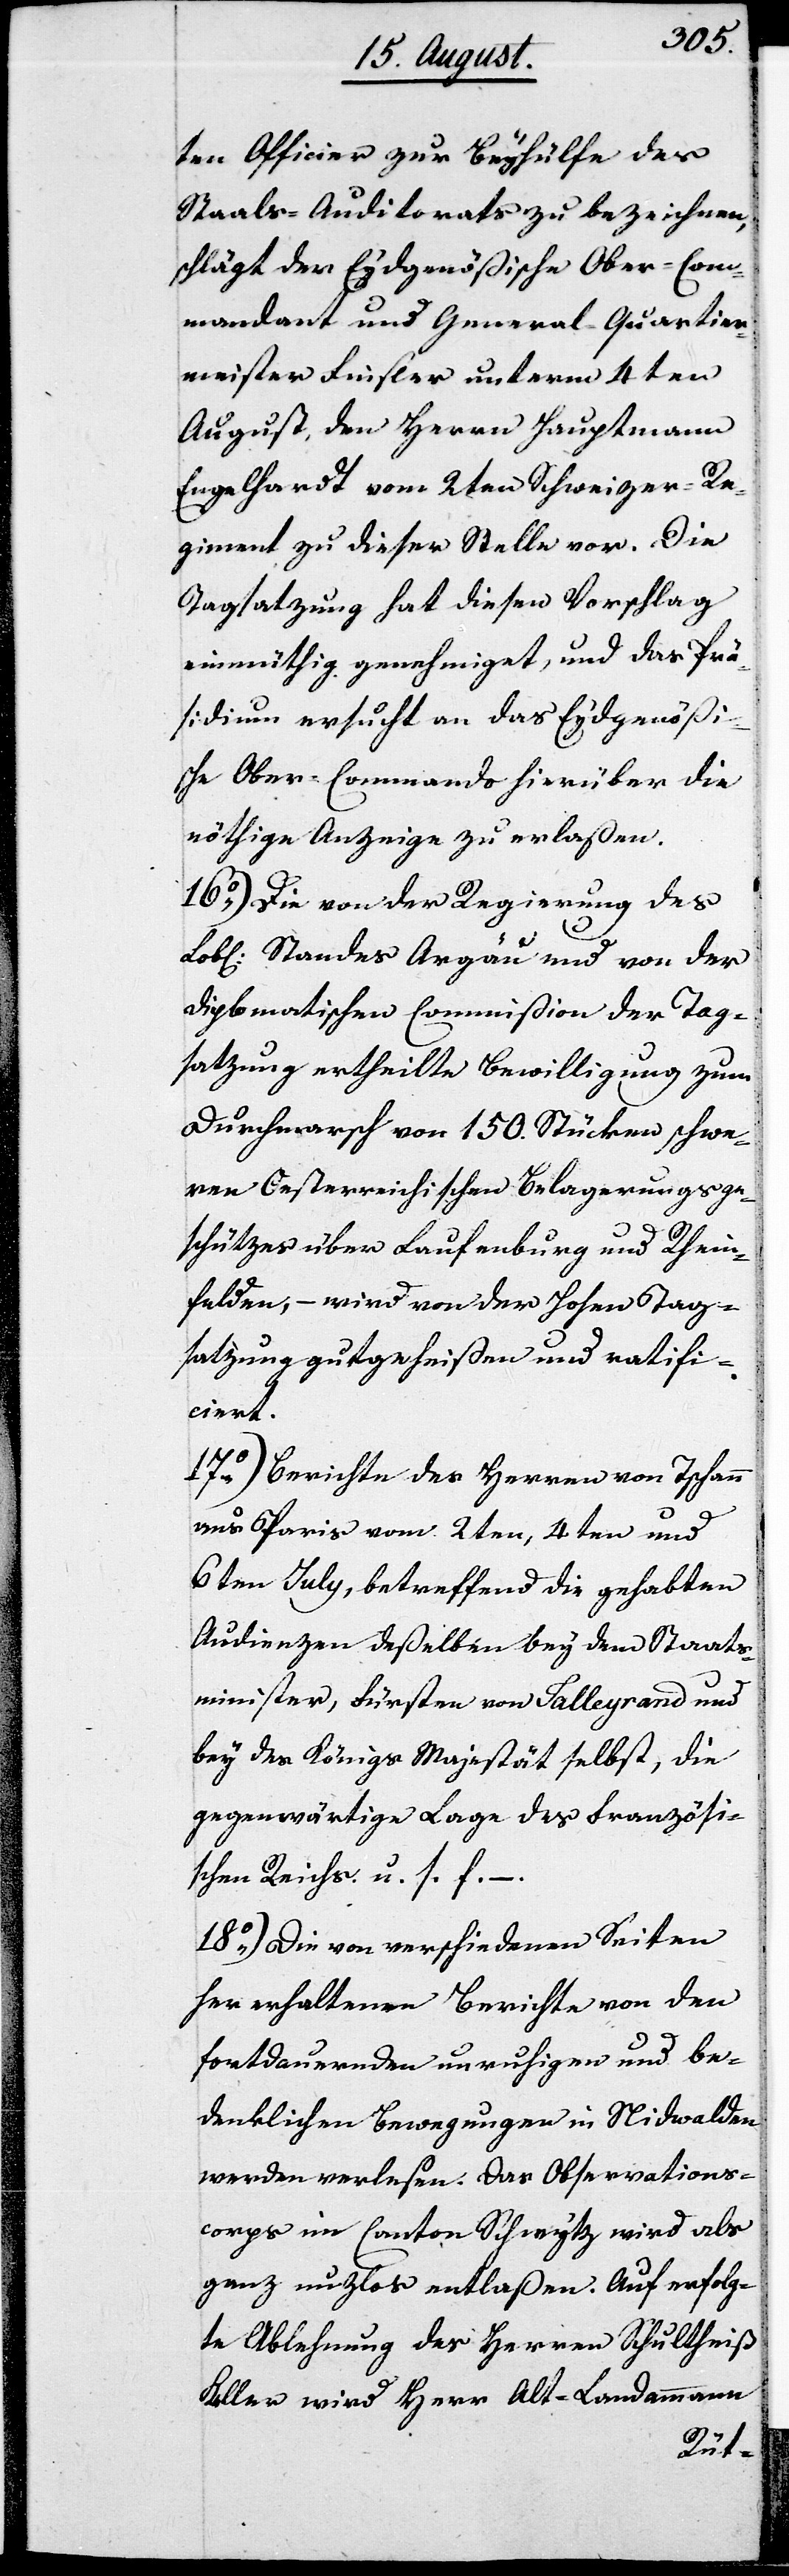
ten Officier zur Beyhülfe des
Staabs-Auditorats zu bezeichnen,
schlägt der Eydgenößische Ober-Com¬
mandant und General-Quartier¬
meister Finsler unterm 4ten
August den Herrn Hauptmann
Engelhardt vom 2ten Schweizer-Re¬
giment zu dieser Stelle vor. Die
Tagsatzung hat diesen Vorschlag
einmüthig genehmiget, und das Prä¬
sidium ersucht an das Eydsgenößi¬
sche Ober-Commando hierüber die
nöthige Anzeige zu erlaßen.
16.) Die von der Regierung des
Lobl. Standes Argau und von der
Diplomatischen Commißion der Tag¬
satzung ertheilte Bewilligung zum
Durchmarsch von 150. Stücken schwe¬
ren Oesterreichischen Belagerungsge¬
schützes über Laufenburg und Rhein¬
felden, – wird von der Hohen Tag¬
satzung gutgeheißen und ratifi¬
ciert.
17.) Bericht des Herren von Tschann
aus Paris vom 2ten, 4ten und
6ten July, betreffend die gehabten
Audienzen deßelben bey dem Staats¬
minister, Fürsten von Talleyrand und
bey des Königs Majestät selbst, die
gegenwärtige Lage des Französi¬
schen Reichs u.s.f. –.
18.) Die von verschiedenen Seiten
her erhaltenen Berichte von den
fortdauernden unruhigen und be¬
denklichen Bewegungen in Nidwalden
werden verlesen. Das Observations¬
corps im Canton Schwyz wird als
ganz nutzlos entlaßen. Auf erfolg¬
te Ablehnung des Herren Schultheiß
Keller wird Herr Alt-Landammann